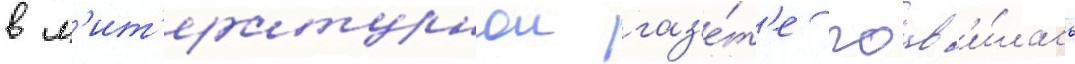
в л'ит'ературнои газ'е́т'е поав'и́лась